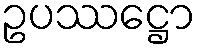
ဥပဿဋ္ဌော